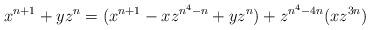
LaTeX: \begin{align*}x^{n+1}+yz^n = (x^{n+1}-xz^{n^4-n}+yz^n)+z^{n^4-4n}(xz^{3n})\end{align*}